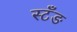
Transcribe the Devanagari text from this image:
स्टँङ